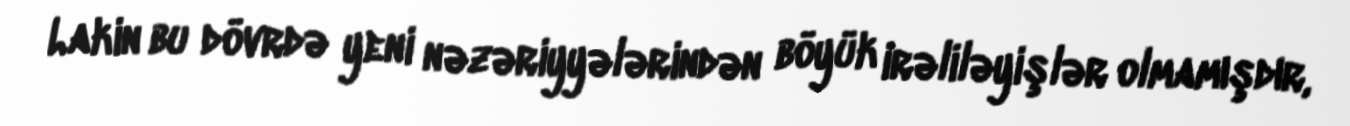
Lakin bu dövrdə yeni nəzəriyyələrindən böyük irəliləyişlər olmamışdır,